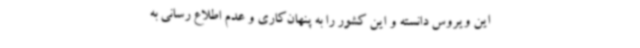
این ویروس دانسته و این کشور را به پنهان‌کاری و عدم اطلاع رسانی به